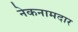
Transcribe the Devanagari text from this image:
नेकनामदार